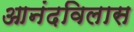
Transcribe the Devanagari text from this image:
आनंदविलास